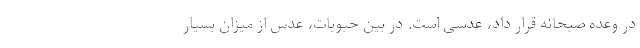
در وعده صبحانه قرار داد، عدسی است. در بین حبوبات، عدس از میزان بسیار